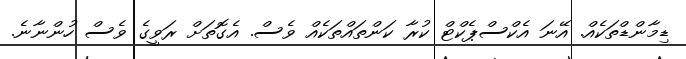
ޑިމާންޑްތަކެއް. އޭނަ އެކްސްޕެކްޓް ކުރާ ކަންތައްތަކެއް ވެސް. އެގޮތަށް ރަވީގެ ވެސް ހުންނާނެ.